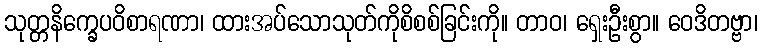
သုတ္တနိက္ခေပဝိစာရဏာ၊ ထားအပ်သောသုတ်ကိုစိစစ်ခြင်းကို။ တာဝ၊ ရှေးဦးစွာ။ ဝေဒိတဗ္ဗာ၊